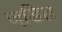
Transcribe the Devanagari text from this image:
जडि़त